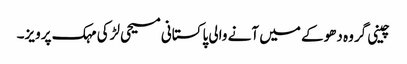
چینی گروہ دھوکے میں آنے والی پاکستانی مسیحی لڑکی مہک پرویز۔